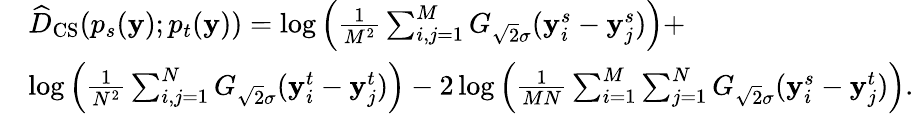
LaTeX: \begin{array}{rl}&{\widehat{D}_{\mathrm{CS}}(p_{s}(\mathbf{y});p_{t}(\mathbf{y}))=\log\left(\frac{1}{M^{2}}\sum_{i,j=1}^{M}G_{\sqrt{2}\sigma}({\mathbf y}_{i}^{s}-{\mathbf y}_{j}^{s})\right)+}\\ &{\log\left(\frac{1}{N^{2}}\sum_{i,j=1}^{N}G_{\sqrt{2}\sigma}({\mathbf y}_{i}^{t}-{\mathbf y}_{j}^{t})\right)-2\log\left(\frac{1}{MN}\sum_{i=1}^{M}\sum_{j=1}^{N}G_{\sqrt{2}\sigma}({\mathbf y}_{i}^{s}-{\mathbf y}_{j}^{t})\right).}\end{array}